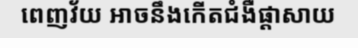
ពេញវ័យ អាចនឹងកើតជំងឺផ្តាសាយ